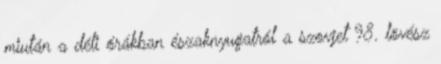
miután a déli órákban északnyugatról a szovjet 98. lövész